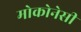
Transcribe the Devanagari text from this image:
मोकोनेसी